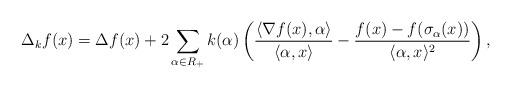
LaTeX: \begin{align*}\Delta_kf(x)=\Delta f(x)+2\sum_{\alpha\in R_+}k(\alpha)\left(\frac{\langle\nabla f(x),\alpha\rangle}{\langle\alpha,x\rangle}-\frac{f(x)-f(\sigma_\alpha(x))}{\langle\alpha,x\rangle^2}\right),\end{align*}